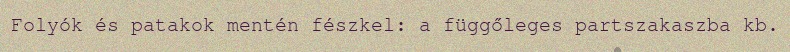
Folyók és patakok mentén fészkel: a függőleges partszakaszba kb.